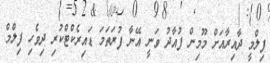
ފިލްމީ ދާއިރާއަށް މޫމިން ފުއާދު ވަނީ އޭނާ ފުރަތަމަ ޑައިރެކްޓްކުރި ދިވެހި ފިލްމް